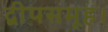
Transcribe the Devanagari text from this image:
द्वीपसमूह।